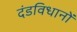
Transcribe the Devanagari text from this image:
दंडविधानों